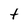
Character: t